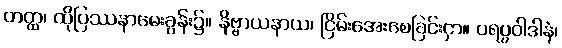
တတ္ထ၊ ထိုပြဿနာမေးခွန်း၌။ နိဗ္ဗာယနာယ၊ ငြိမ်းအေးစေခြင်းငှာ။ ပရပ္ပဝါဒါနံ၊